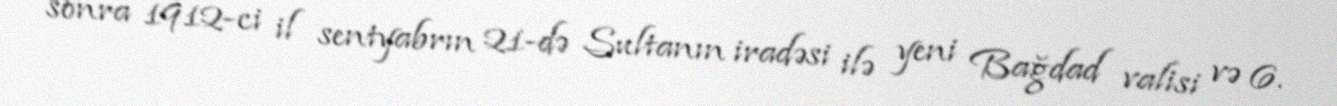
sonra 1912-ci il sentyabrın 21-də Sultanın iradəsi ilə yeni Bağdad valisi və 6.